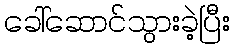
ခေါ်ဆောင်သွားခဲ့ပြီး